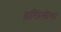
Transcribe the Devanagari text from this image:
इसिनीया